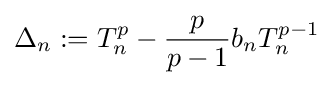
\Delta _{n}:=T_{n}^{p}-{\frac {p}{p-1}}b_{n}T_{n}^{p-1}